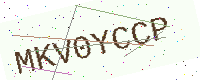
Text: MKV0YCCP